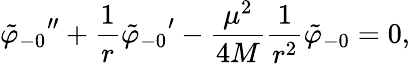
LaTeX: {\tilde{\varphi}_{-0}}^{\prime\prime}+{\frac{1}{r}}{\tilde{\varphi}_{-0}}^{\prime}-{\frac{\mu^{2}}{4M}}{\frac{1}{r^{2}}}{\tilde{\varphi}_{-0}}=0,